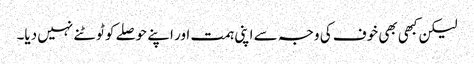
لیکن کبھی بھی خوف کی وجہ سے اپنی ہمت اور اپنے حوصلے کو ٹوٹنے نہیں دیا۔